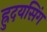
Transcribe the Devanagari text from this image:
ह्रुदयसिंग